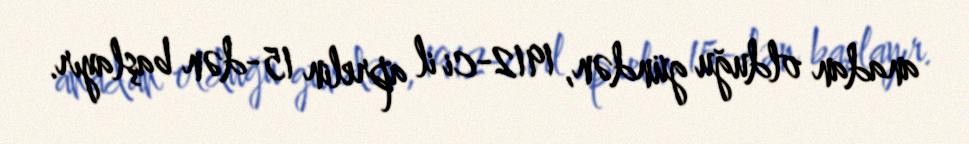
anadan olduğu gündən, 1912-ci il aprelin 15-dən başlayır.